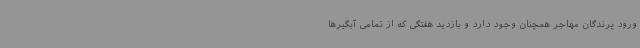
ورود پرندگان مهاجر همچنان وجود دارد و بازدید هفتگی که از تمامی آبگیرها